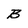
Character: B